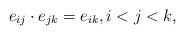
LaTeX: \begin{align*} e_{ij} \cdot e_{jk} = e_{ik}, i<j<k, \end{align*}